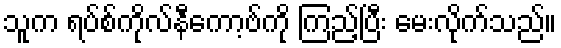
သူက ရပ်စ်ကိုလ်နီကော့ဗ်ကို ကြည့်ပြီး မေးလိုက်သည်။